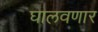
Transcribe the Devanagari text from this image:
घालवणार